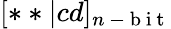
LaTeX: [**|cd]_{n\mathrm{~-~b~i~t~}}